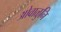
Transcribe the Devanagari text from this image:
ओवाळुनि